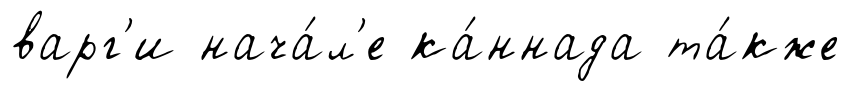
варг'и нача́л'е ка́ннада та́кже